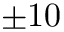
\pm 1 0